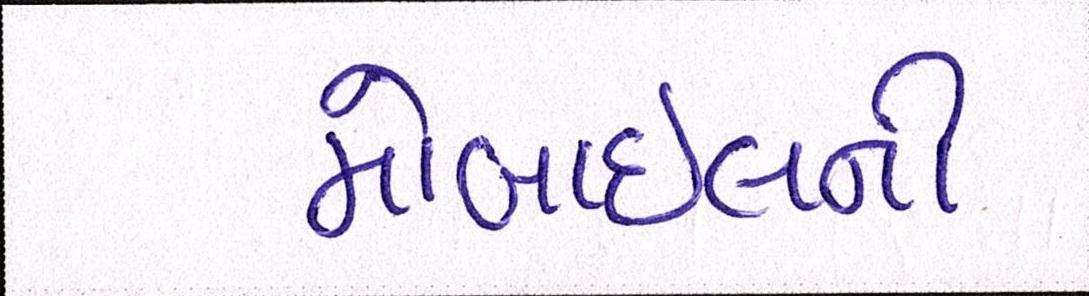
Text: મોબાઇલની